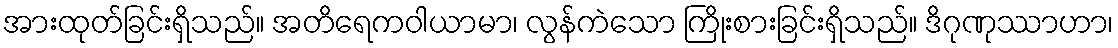
အားထုတ်ခြင်းရှိသည်။ အတိရေကဝါယာမာ၊ လွန်ကဲသော ကြိုးစားခြင်းရှိသည်။ ဒိဂုဏုဿာဟာ၊